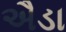
ઐડા